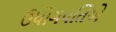
ઉધોગપતિએ